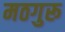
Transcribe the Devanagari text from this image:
मठगुरू